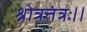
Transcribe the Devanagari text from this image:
श्रोत्रतंत्रः।।